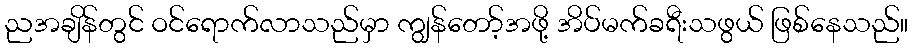
ညအချိန်တွင် ဝင်ရောက်လာသည်မှာ ကျွန်တော့်အဖို့ အိပ်မက်ခရီးသဖွယ် ဖြစ်နေသည်။